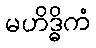
မဟိဒ္ဓိကံ